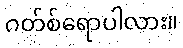
ဂတ်စ်ရောပါလား။